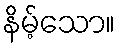
နိမ့်သော။